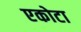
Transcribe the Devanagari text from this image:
एकोटा